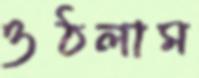
ওঠলাম